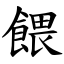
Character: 餵